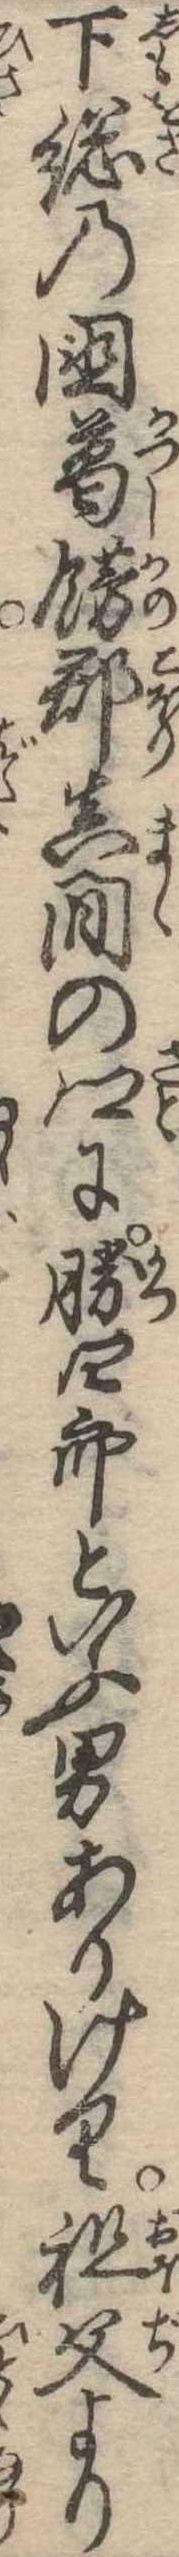
下総の国葛飾郡真間の郷に勝四郎といふ男ありけり祖父より